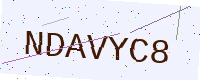
Text: NDAVYC8